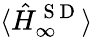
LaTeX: \langle\hat{H}_{\infty}^{\mathrm{~S~D~}}\rangle